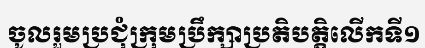
ចូលរួមប្រជុំក្រុមប្រឹក្សាប្រតិបត្តិលើកទី១